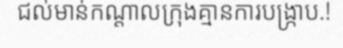
ជល់មាន់កណ្តាលក្រុងគ្មានការបង្ក្រាប.!